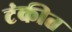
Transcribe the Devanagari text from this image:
टंकीत